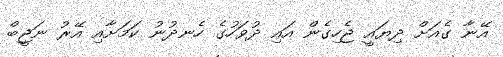
އޭނާ ގެއަށް ދިޔައީ ޖެހިގެން އައި ދުވަހުގެ ހެނދުނު ކަމަށާއި އޭރު ނަޖީބް